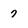
Character: 7